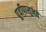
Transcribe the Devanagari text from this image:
पूर्वीपासूनचे